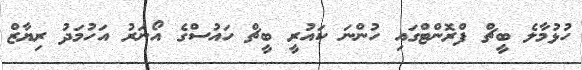
ހުޅުމާލެ ބީޗް ފްރޮންޓްގައި ހުންނަ ކައުރީ ބީޗް ހައުސްގެ އޯނަރު އަހުމަދު ރިޔާޒް